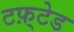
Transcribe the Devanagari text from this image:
टफ़्टेड